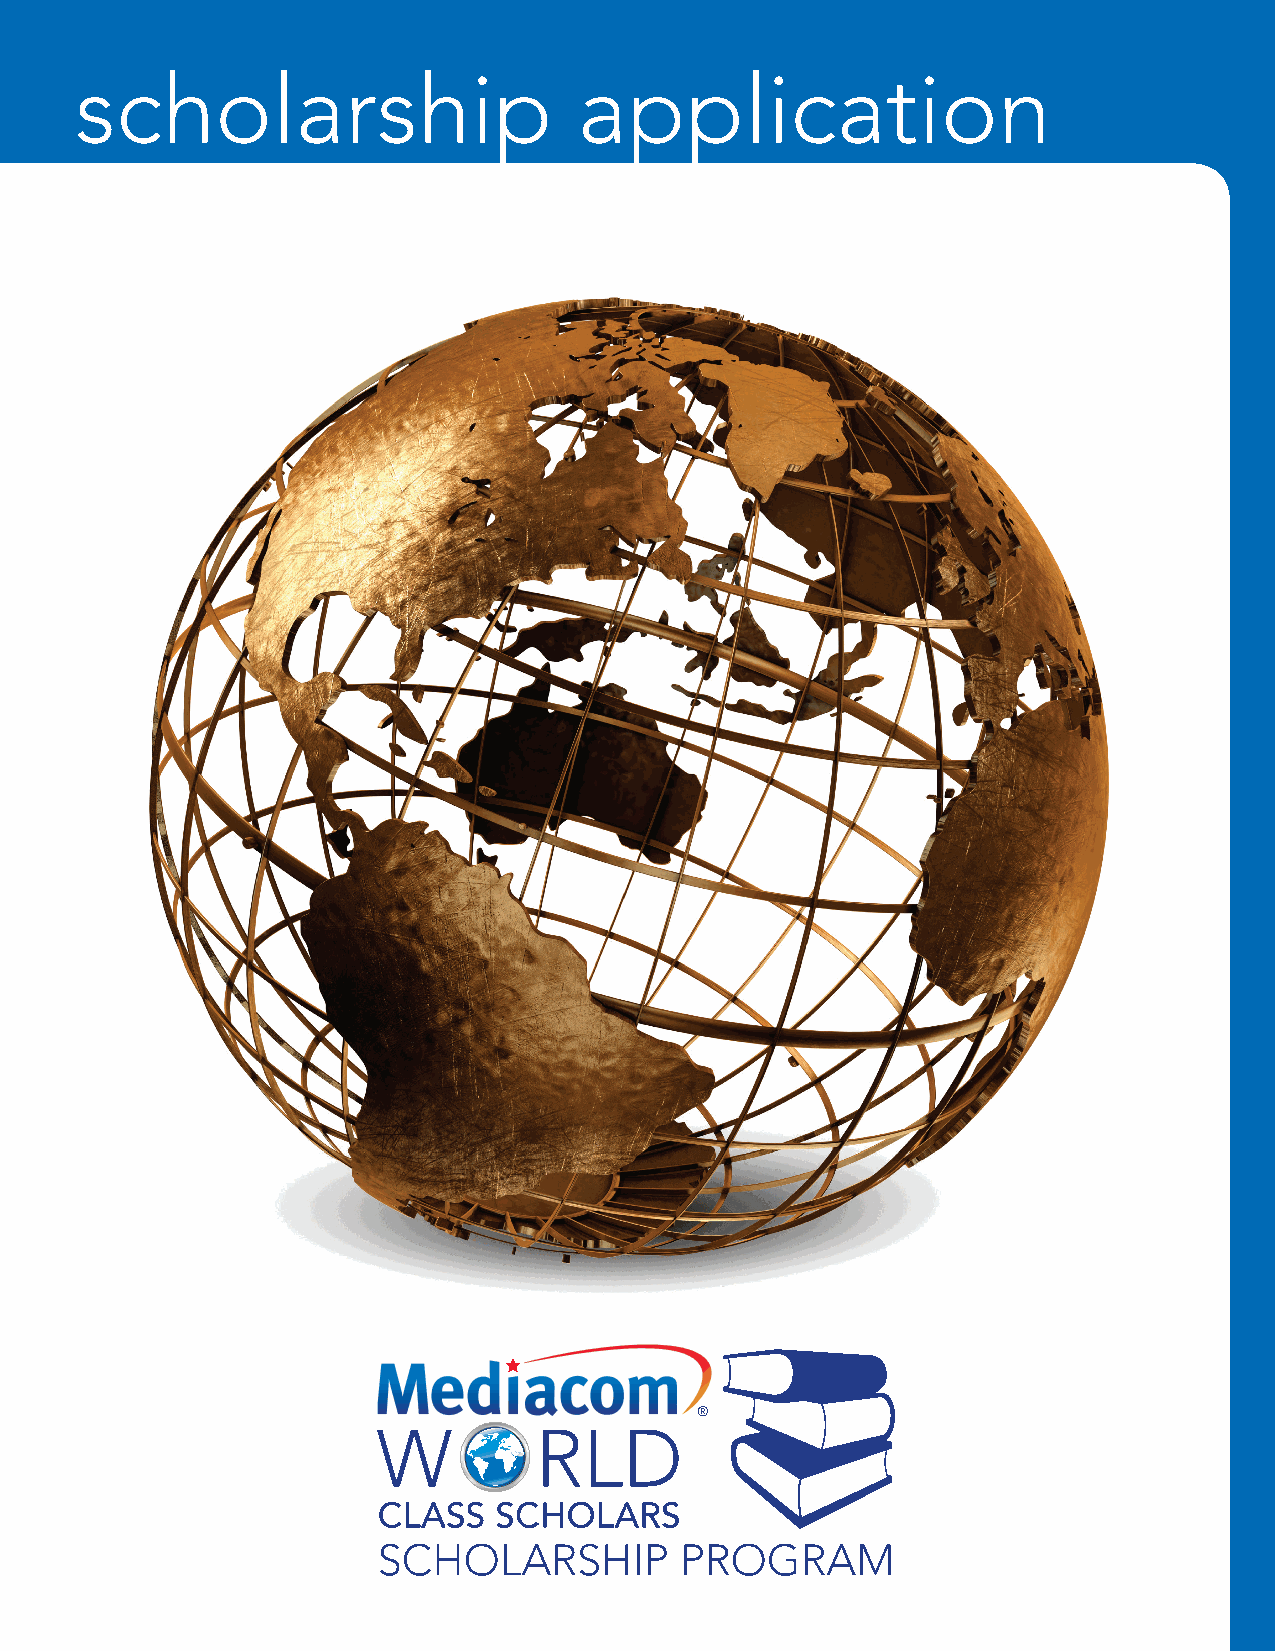
scholarship                      application